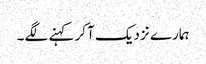
ہمارے نزدیک آکر کہنے لگے۔